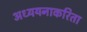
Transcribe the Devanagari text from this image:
अध्ययनाकरिता